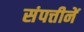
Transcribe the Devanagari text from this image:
संपत्तीनें